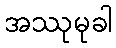
အဿုမုခါ